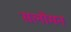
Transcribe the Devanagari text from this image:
सलोमन